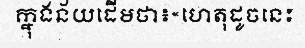
ក្នុងន័យដើមថា៖«ហេតុដូចនេះ